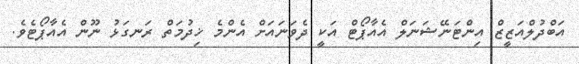
އަބްދުލްއަޒީޒް އިންޓަނޭޝަނަލް އެއާޕޯޓް އަކީ ދެވަނައަށް އެންމެ ޚިދުމަތް ރަނގަޅު ނޫން އެއާޕޯޓެވެ.